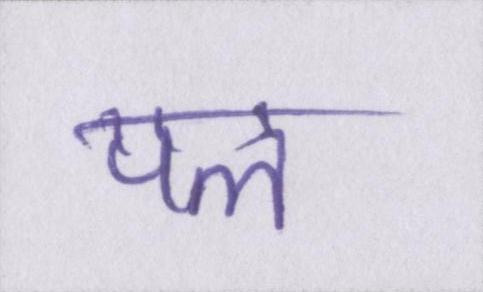
पल